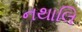
નથાલિ